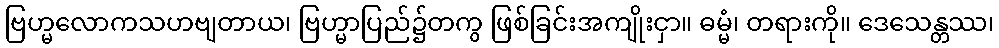
ဗြဟ္မလောကသဟဗျတာယ၊ ဗြဟ္မာပြည်၌တကွ ဖြစ်ခြင်းအကျိုးငှာ။ ဓမ္မံ၊ တရားကို။ ဒေသေန္တဿ၊